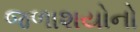
જળાશયોનો